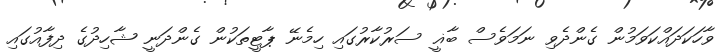
ވާހަކަދައްކަވަމުން ގެންދެވި ނަމަވެސް ބާޣީ ސަރުކާރުގައި ހިމެނޭ ޕާޓީތަކުން ގެންދަނީ ޝާހިދުގެ ދިފާއުގައި